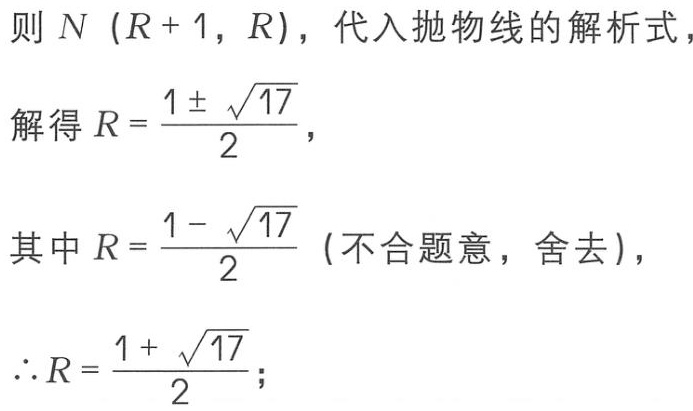
则 \(N\ (R + 1,\ R)\)，代入抛物线的解析式，
解得 \(R = \frac{1 \pm \sqrt{17}}{2}\)，
其中 \(R = \frac{1 - \sqrt{17}}{2}\)（不合题意，舍去），
\(\therefore R = \frac{1 + \sqrt{17}}{2}\)；